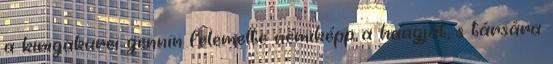
a kirigakurei gennin felemelte némiképp a hangját, s társára